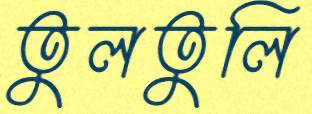
তুলতুলি